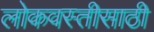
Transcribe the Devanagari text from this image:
लोकवस्तीसाठी